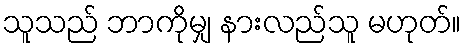
သူသည် ဘာကိုမျှ နားလည်သူ မဟုတ်။